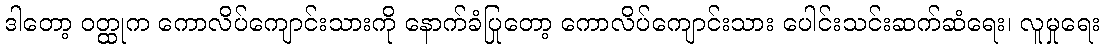
ဒါတော့ ဝတ္ထုက ကောလိပ်ကျောင်းသားကို နောက်ခံပြုတော့ ကောလိပ်ကျောင်းသား ပေါင်းသင်းဆက်ဆံရေး၊ လူမှုရေး